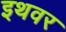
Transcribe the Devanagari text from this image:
इथवर